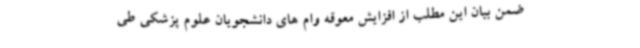
ضمن بیان این مطلب از افزایش معوقه وام های دانشجویان علوم پزشکی طی